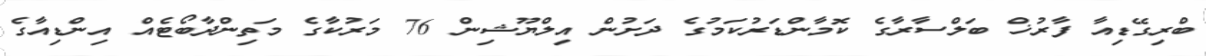
ބްރިގޭޑިއާ ފާރުޚް ބަލްސާރާގެ ކޮމާންޑަރުކަމުގެ ދަށުން އިލްޔޫޝިން 76 މަރުކާގެ މަތިންދާބޯޓެއް އިންޑިއާގެ